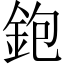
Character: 鉋